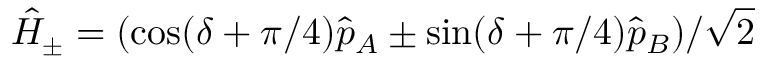
\hat { H } _ { \pm } = ( \cos ( \delta + \pi / 4 ) \hat { p } _ { A } \pm \sin ( \delta + \pi / 4 ) \hat { p } _ { B } ) / \sqrt { 2 }